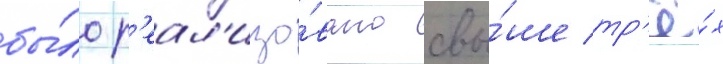
бы́ло р'еал'изо́вано свы́ше тр'ё́х